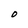
Character: D